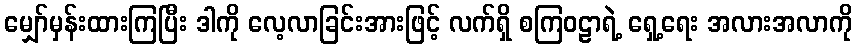
မျှော်မှန်းထားကြပြီး ဒါကို လေ့လာခြင်းအားဖြင့် လက်ရှိ စကြဝဠာရဲ့ ရှေ့ရေး အလားအလာကို